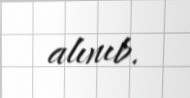
alınıb.